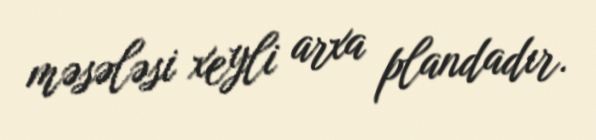
məsələsi xeyli arxa plandadır.